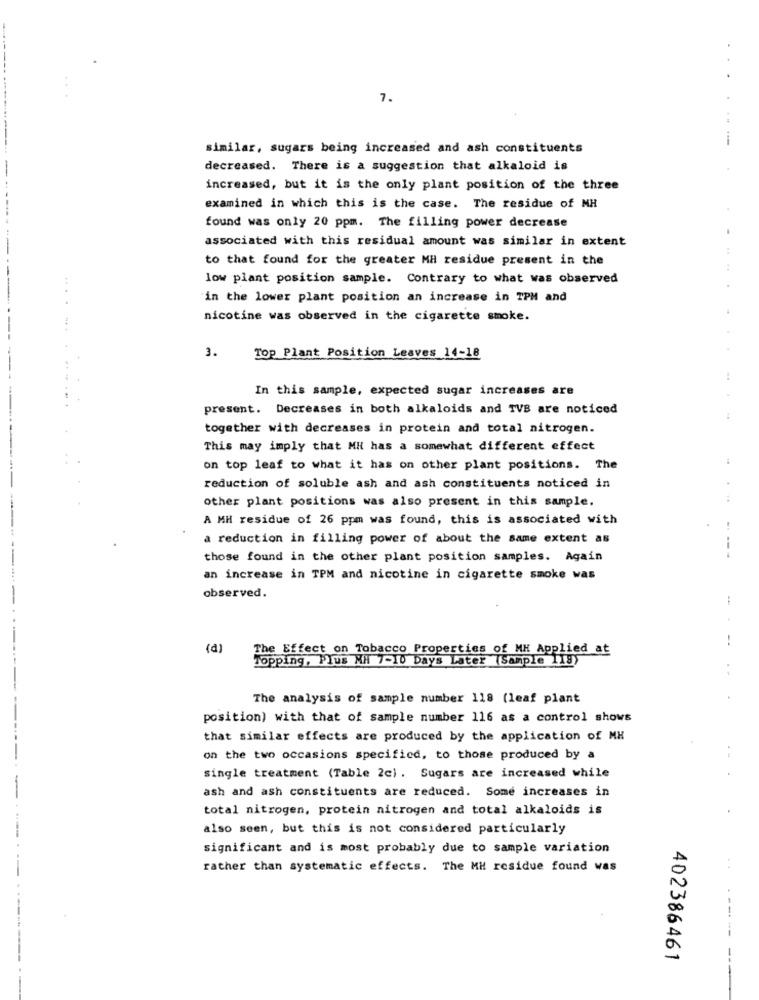
7.
....
---
similar, sugars being increased and ash constituents
decreased. There is a suggestion that alkaloid is
increased, but it is the only plant position of the three
examined in which this is the case. The residue of MH
found was only 20 ppm. The filling power decrease
.
associated with this residual amount was similar in extent
..
to that found for the greater MH residue present in the
low plant position sample. Contrary to what was observed
in the lower plant position an increase in TPM and
nicotine was observed in the cigarette smoke.
3.
Top Plant Position Leaves 14-18
!
In this sample, expected sugar increases are
............
present. Decreases in both alkaloids and TVS are noticed
together with decreases in protein and total nitrogen.
This may imply that MH has a somewhat different effect
on top leaf to what it has on other plant positions. The
reduction of soluble ash and ash constituents noticed in
other plant positions was also present in this sample.
A MH residue of 26 ppm was found, this is associated with
a reduction in filling power of about the same extent as
those found in the other plant position samples. Again
---
an increase in TPM and nicotine in cigarette smoke was
observed.
--
(d)
The Effect on Tobacco Properties of MH Applied at
Topping, Plus MH 7-10 Days Later (Sample 118)
..
The analysis of sample number 118 (leaf plant
position) with that of sample number 116 as a control shows
that similar effects are produced by the application of MH
on the two occasions specificd, to those produced by a
single treatment (Table 2c) . Sugars are increased while
ash and ash constituents are reduced. Some increases in
total nitrogen, protein nitrogen and total alkaloids is
also seen, but this is not considered particularly
significant and is most probably due to sample variation
rather than systematic effects. The MM residue found was
--.
402386461
--- --